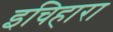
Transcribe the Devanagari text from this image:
इचिहारा